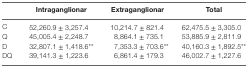
<table><thead><tr><td></td><td><b>Intraganglionar</b></td><td><b>Extraganglionar</b></td><td><b>Total</b></td></tr></thead><tbody><tr><td>C</td><td>52,260.9 ± 3,257.4</td><td>10,214.7 ± 821.4</td><td>62,475.5 ± 3,305.0</td></tr><tr><td>Q</td><td>45,005.4 ± 2,248.7</td><td>8,864.1 ± 735.1</td><td>53,885.9 ± 2,811.9</td></tr><tr><td>D</td><td>32,807.1 ± 1,418.6**</td><td>7,353.3 ± 703.6**</td><td>40,160.3 ± 1,892.5**</td></tr><tr><td>DQ</td><td>39,141.3 ± 1,223.6</td><td>6,861.4 ± 179.3</td><td>46,002.7 ± 1,227.6</td></tr></tbody></table>